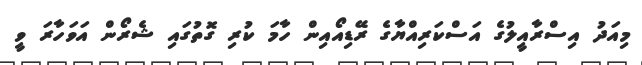
މިއަދު އިސްރާއީލުގެ އަސްކަރިއްޔާގެ ރޭޑިއޯއިން ހާމަ ކުރި ގޮތުގައި ޝެރޯން އަވަހާރަ ވީ